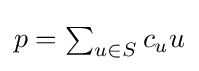
p=\textstyle \sum _{u\in S}c_{u}u